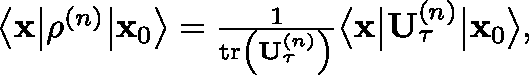
\begin{array} { r } { \big \langle \mathbf { x } \big \vert \mathbf { \rho } ^ { \left( n \right) } \big \vert \mathbf { x } _ { 0 } \big \rangle = \frac { 1 } { \operatorname { t r } \left( \mathbf { U } _ { \tau } ^ { \left( n \right) } \right) } \big \langle \mathbf { x } \big \vert \mathbf { U } _ { \tau } ^ { \left( n \right) } \big \vert \mathbf { x } _ { 0 } \big \rangle , } \end{array}